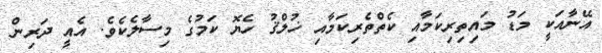
އޭނާއަކީ މަޑު މައިތިރިކަމާއި ކެތްތެރިކަމާއި ޚުލްޤު ހެޔޮ ކަމުގެ މިސާލެކެވެ. އެއީ ދަރިން